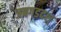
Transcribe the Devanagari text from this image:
जबगडदश्